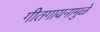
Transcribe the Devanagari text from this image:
गीतगायनामुळे